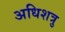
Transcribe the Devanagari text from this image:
अधिशत्रु